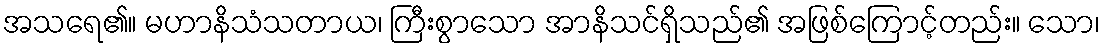
အသရေ၏။ မဟာနိသံသတာယ၊ ကြီးစွာသော အာနိသင်ရှိသည်၏ အဖြစ်ကြောင့်တည်း။ သော၊